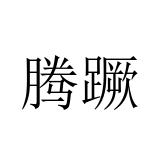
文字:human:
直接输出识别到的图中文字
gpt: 腾蹶